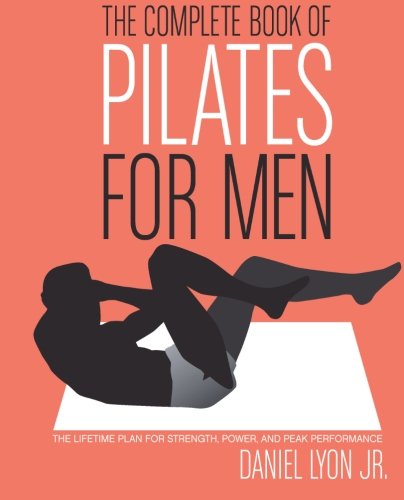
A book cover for The Complete Book of Pilates for Men: The Lifetime Plan for Strength, Power & Peak Performance; Daniel Lyon; Health, Fitness & Dieting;